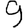
Digit: 9